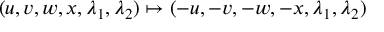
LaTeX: ( u , v , w , x , \lambda _ { 1 } , \lambda _ { 2 } ) \mapsto ( - u , - v , - w , - x , \lambda _ { 1 } , \lambda _ { 2 } )